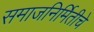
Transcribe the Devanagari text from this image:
समाजनिर्मितीचे